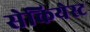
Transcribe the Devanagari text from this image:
सेकियेस्ट